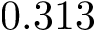
0 . 3 1 3